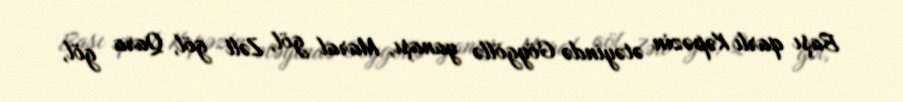
Başı qarlı Kəpəzin ətəyində Göygöllə yanaşı, Maral göl, Zəli göl, Qara göl,